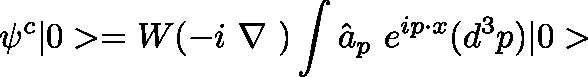
\psi ^ { c } | 0 > = W ( - i \mathrm { \boldmath ~ \nabla ~ } ) \int \hat { a } _ { p } ~ e ^ { i p \cdot x } ( d ^ { 3 } p ) | 0 >